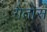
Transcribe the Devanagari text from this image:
गैतोस